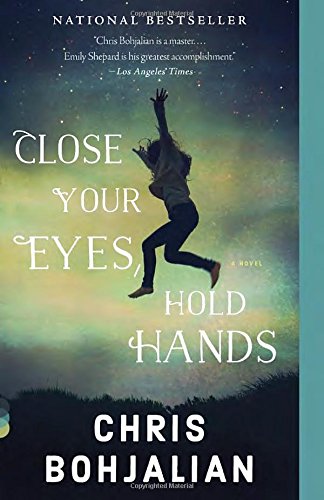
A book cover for Close Your Eyes, Hold Hands (Vintage Contemporaries); Chris Bohjalian; Literature & Fiction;